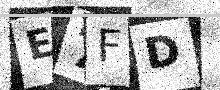
Text: E7FD